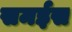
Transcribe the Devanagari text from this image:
समईस